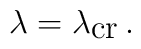
\lambda=\lambda_{\mbox{cr}}\, .